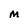
Character: M